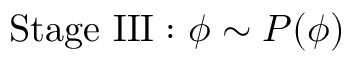
{ \mathrm { S t a g e ~ I I I : ~ } } \phi \sim P ( \phi )